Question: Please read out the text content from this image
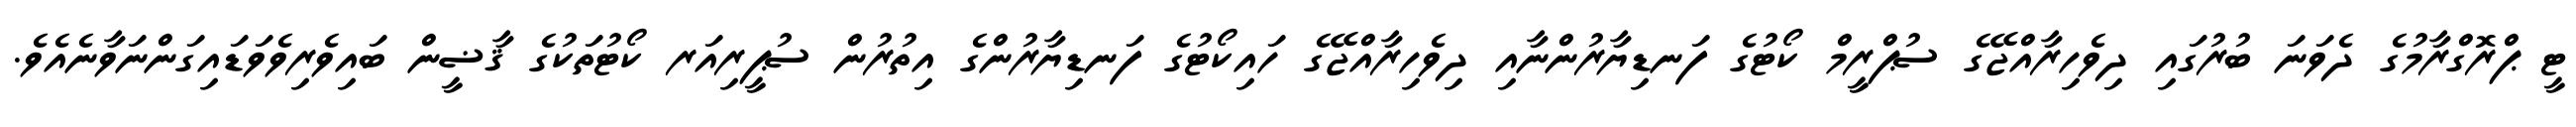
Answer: ޓީ ޕްރޮގްރާމުގެ ދެވަނަ ބުރުގައި ދިވެހިރާއްޖޭގެ ސުޕްރީމް ކޯޓުގެ ފަނޑިޔާރުންނާއި ދިވެހިރާއްޖޭގެ ހައިކޯޓުގެ ފަނޑިޔާރުންގެ އިތުރުން ސުޕީރިއަރ ކޯޓުތަކުގެ ޤާޟީން ބައިވެރިވެވަޑައިގަންނަވާނެއެވެ.